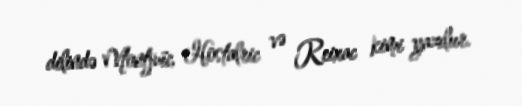
dilində Montjuïc, Hostalric və Reixac kimi yazılıır.